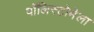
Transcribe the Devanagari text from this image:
पॉलिस्टोमेला